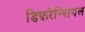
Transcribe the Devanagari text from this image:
डिफ़रेन्शियल